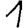
Digit: 1